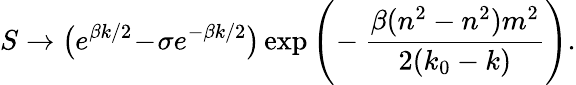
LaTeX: S\to\big(e^{\beta k/2}\! -\! \sigma e^{-\beta k/2}\big)\exp\Bigg(\! -{\frac{\beta(n^{2}-n^{2})m^{2}}{2(k_{0}-k)}}\Bigg).